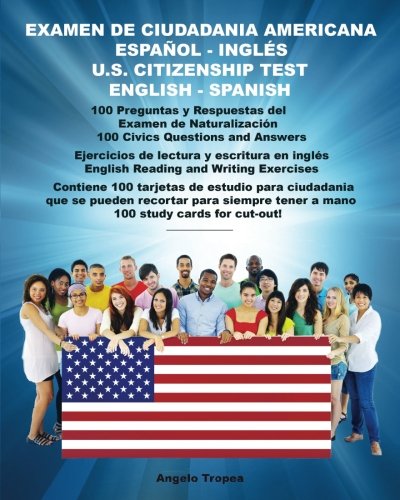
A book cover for Examen de Ciudadania Americana Espanol y Ingles: U.S. Citizenship Test English and Spanish (Spanish Edition); Angelo Tropea; Test Preparation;